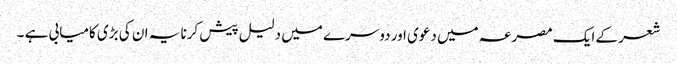
شعر کے ایک مصرعہ میں دعوی اور دوسرے میں دلیل پیش کرنا یہ ان کی بڑی کامیابی ہے ۔